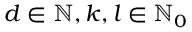
d \in \mathbb { N } , k , l \in \mathbb { N } _ { 0 }